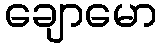
ချောမော